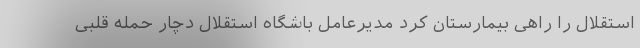
استقلال را راهی بیمارستان کرد مدیرعامل باشگاه استقلال دچار حمله قلبی